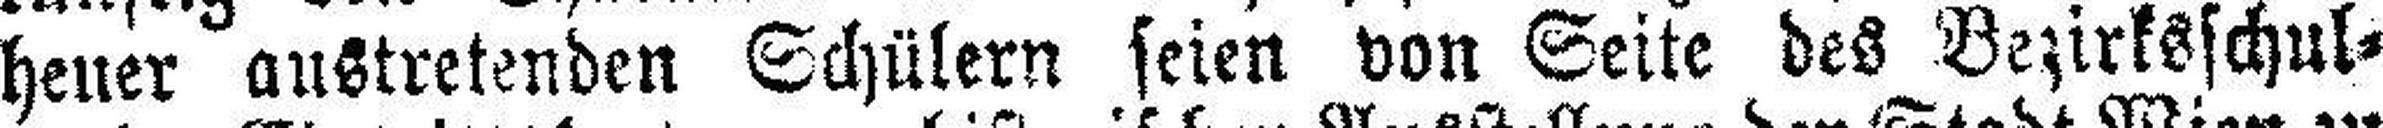
heuer austretenden Schülern seien von Seite des Bezirksschul¬